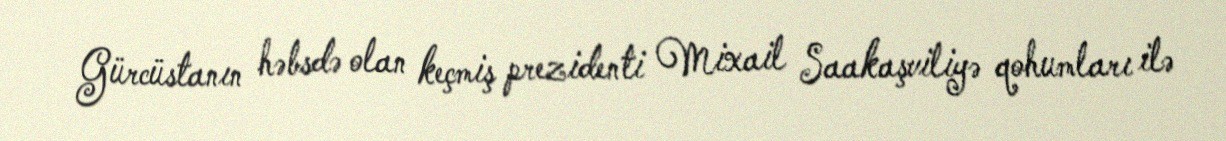
Gürcüstanın həbsdə olan keçmiş prezidenti Mixail Saakaşviliyə qohumları ilə